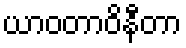
ယာဝတာဝိနီတာ